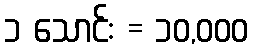
၁ သောင်း = ၁၀,၀၀၀